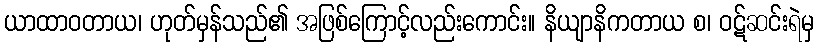
ယာထာဝတာယ၊ ဟုတ်မှန်သည်၏ အဖြစ်ကြောင့်လည်းကောင်း။ နိယျာနိကတာယ စ၊ ဝဋ်ဆင်းရဲမှ